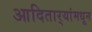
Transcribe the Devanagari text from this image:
आदितार्‍यांमधून